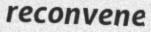
reconvene